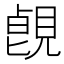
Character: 𧡑